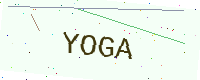
Text: YOGA